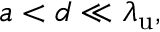
a < d \ll { \lambda _ { \mathrm { u } } } ,